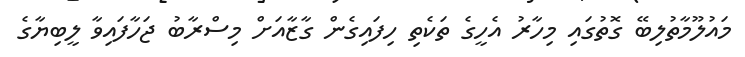
މައުލޫމާތުލިބޭ ގޮތުގައި މިހާރު އެހީގެ ތަކެތި ހިފައިގެން ގާޒާއަށް މިސްރާބު ޖަހާފައިވާ ލީބިޔާގެ